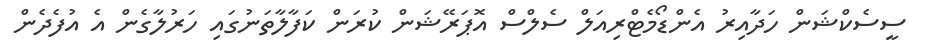
ސީސެކްޝަން ހަދާއިރު އެންޑޯމެޓްރިއަލް ސެލްސް އޮޕަރޭޝަން ކުރަން ކަފާލާތަނުގައި ހަރުލާގެން އެ އުފެދެން